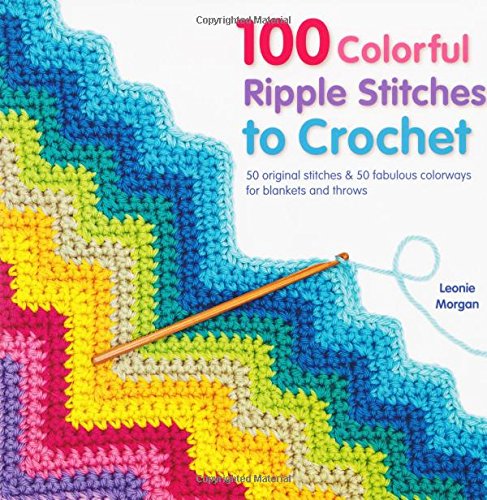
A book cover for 100 Colorful Ripple Stitches to Crochet: 50 Original Stitches & 50 Fabulous Colorways for Blankets and Throws (Knit & Crochet); Leonie Morgan; Crafts, Hobbies & Home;